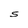
Character: S